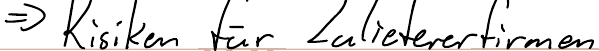
=> Risiken für Zuliefererfirmen